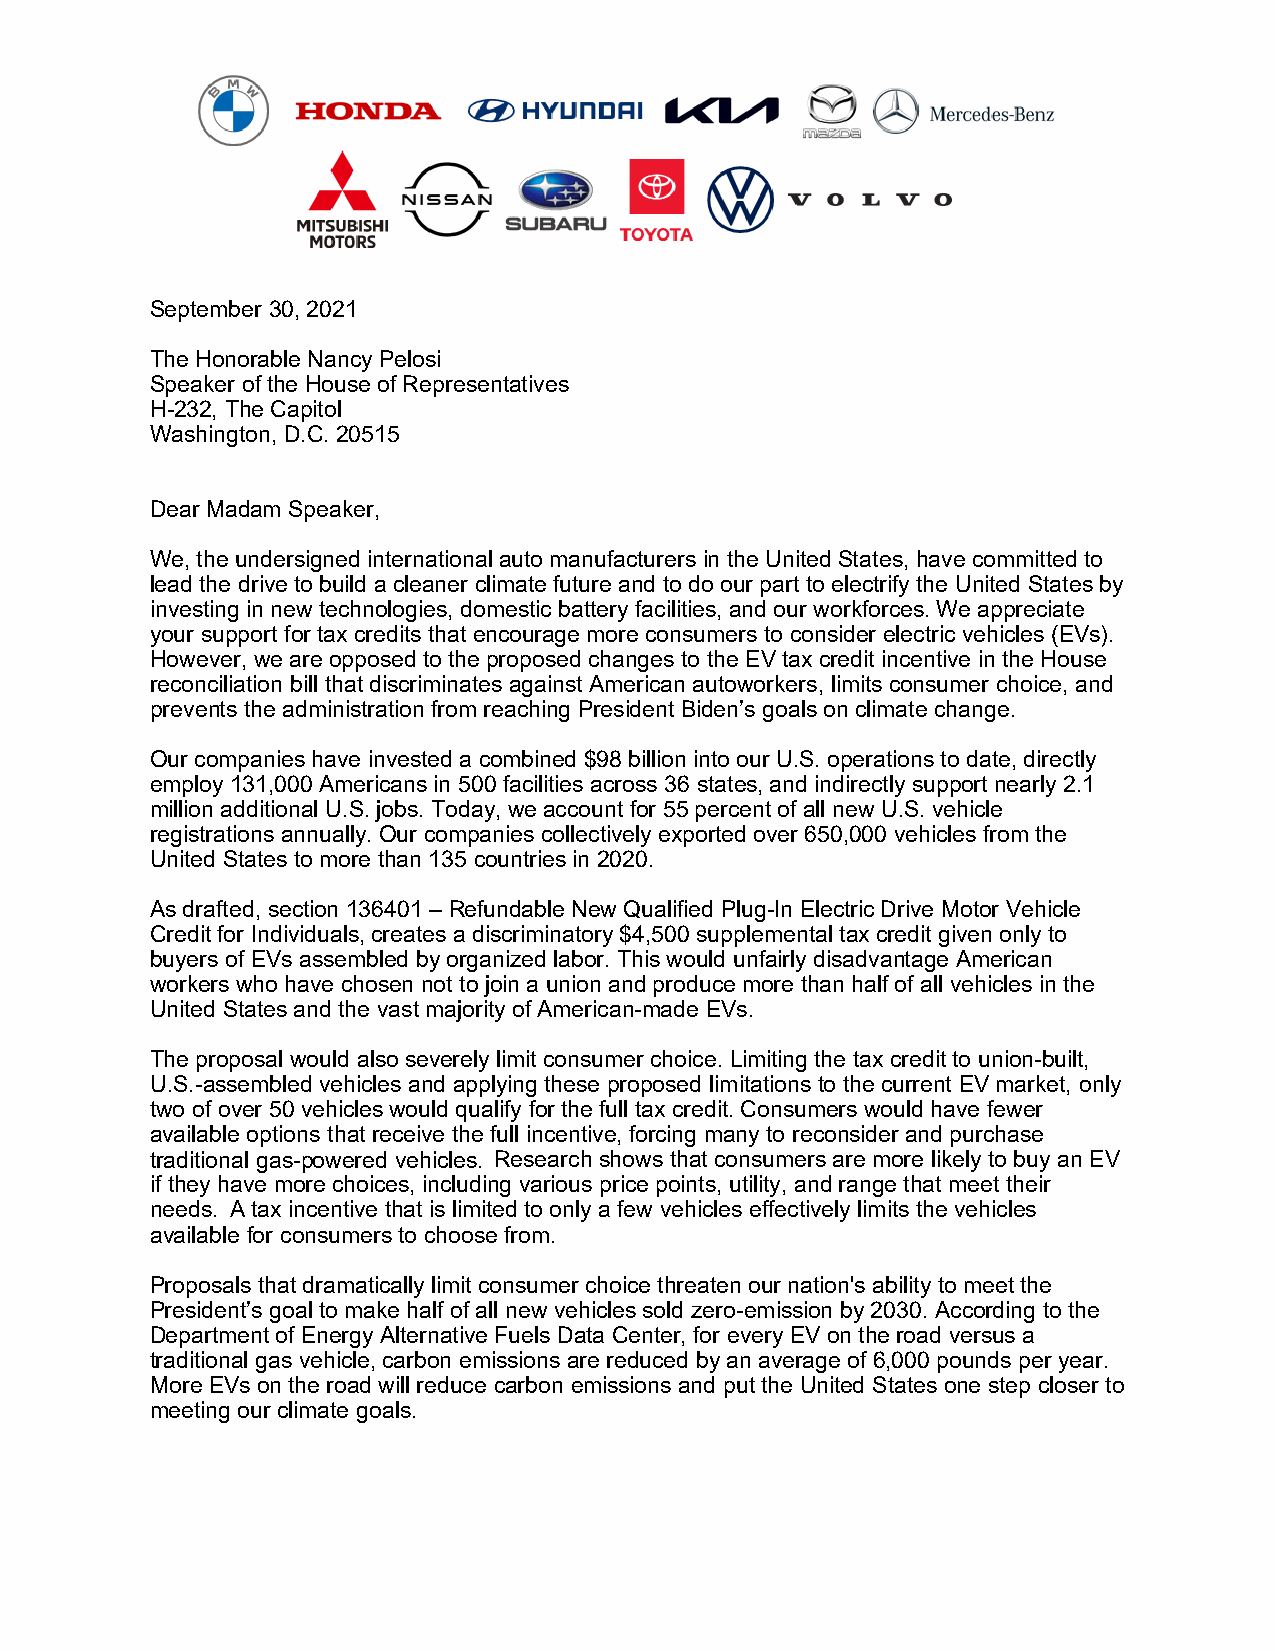
September 30, 2021
 The Honorable Nancy Pelosi
 Speaker of the House of Representatives
 H-232, The Capitol
 Washington, D.C. 20515
 Dear Madam Speaker,
 We, the undersigned international auto manufacturers in the United States, have committed to
 lead the drive to build a cleaner climate future and to do our part to electrify the United States by
 investing in new technologies, domestic battery facilities, and our workforces. We appreciate
 your support for tax credits that encourage more consumers to consider electric vehicles (EVs).
 However, we are opposed to the proposed changes to the EV tax credit incentive in the House
 reconciliation bill that discriminates against American autoworkers, limits consumer choice, and
 prevents the administration from reaching President Biden’s goals on climate change.
 Our companies have invested a combined $98 billion into our U.S. operations to date, directly
 employ 131,000 Americans in 500 facilities across 36 states, and indirectly support nearly 2.1
 million additional U.S. jobs. Today, we account for 55 percent of all new U.S. vehicle
 registrations annually. Our companies collectively exported over 650,000 vehicles from the
 United States to more than 135 countries in 2020.
 As drafted, section 136401 – Refundable New Qualified Plug-In Electric Drive Motor Vehicle
 Credit for Individuals, creates a discriminatory $4,500 supplemental tax credit given only to
 buyers of EVs assembled by organized labor. This would unfairly disadvantage American
 workers who have chosen not to join a union and produce more than half of all vehicles in the
 United States and the vast majority of American-made EVs.
 The proposal would also severely limit consumer choice. Limiting the tax credit to union-built,
 U.S.-assembled vehicles and applying these proposed limitations to the current EV market, only
 two of over 50 vehicles would qualify for the full tax credit. Consumers would have fewer
 available options that receive the full incentive, forcing many to reconsider and purchase
 traditional gas-powered vehicles. Research shows that consumers are more likely to buy an EV
 if they have more choices, including various price points, utility, and range that meet their
 needs. A tax incentive that is limited to only a few vehicles effectively limits the vehicles
 available for consumers to choose from.
 Proposals that dramatically limit consumer choice threaten our nation's ability to meet the
 President’s goal to make half of all new vehicles sold zero-emission by 2030. According to the
 Department of Energy Alternative Fuels Data Center, for every EV on the road versus a
 traditional gas vehicle, carbon emissions are reduced by an average of 6,000 pounds per year.
 More EVs on the road will reduce carbon emissions and put the United States one step closer to
 meeting our climate goals.